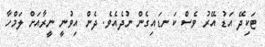
ޓަކިދޭ އަޑު އޭރު ވެސް ކަނޑައިގެން ނުދެއެވެ. ދެން އިވުނީ ނީރާއަށް ލަމްހާ